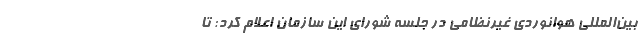
بین‌المللی هوانوردی غیرنظامی در جلسه شورای این سازمان اعلام کرد: تا